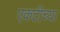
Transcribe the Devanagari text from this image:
एकटीच्या